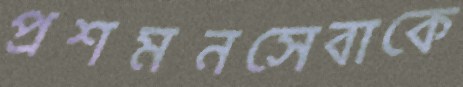
প্রশমনসেবাকে